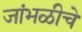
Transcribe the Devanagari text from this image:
जांभळीचे